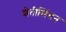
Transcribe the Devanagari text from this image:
शेतीसिंचन